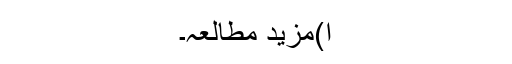
ا)مزید مطالعہ۔